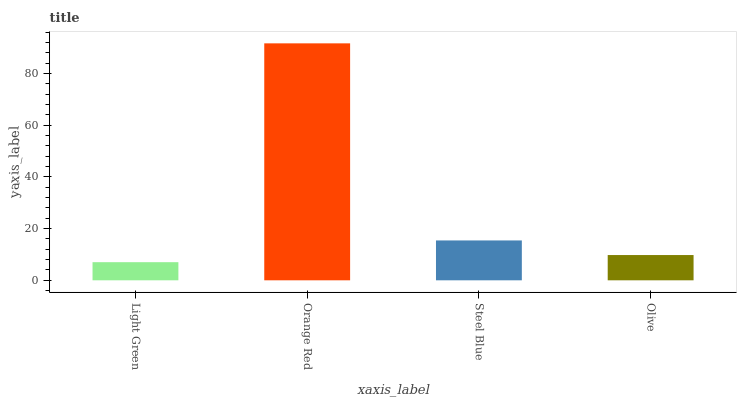
| xaxis_label | bars |
 | --- | --- |
 | Light Green | 7.01 |
 | Orange Red | 91.6 |
 | Steel Blue | 15.4 |
 | Olive | 9.77 |